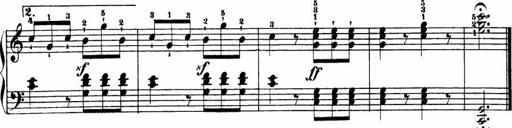
Title: Le bouquetier
Composer: Anton Diabelli
Key: G major
 C major
 F major
 C major